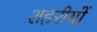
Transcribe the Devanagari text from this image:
शहरीयों